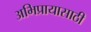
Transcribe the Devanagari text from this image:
अभिप्रायासाठी